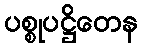
ပစ္စုပဋ္ဌိတေန